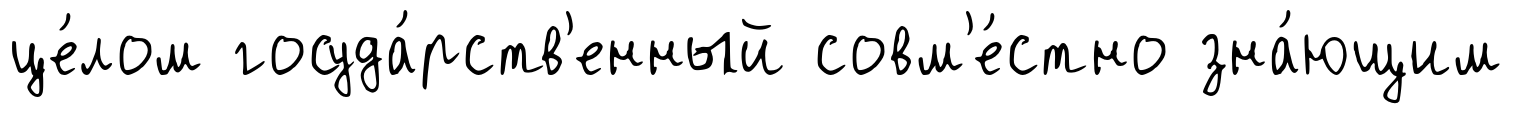
це́лом госуда́рств'енный совм'е́стно зна́ющим